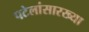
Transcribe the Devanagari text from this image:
पटेलांसारख्या